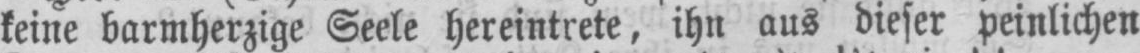
keine barmherzige Seele hereintrete, ihn aus dieser peinlichen